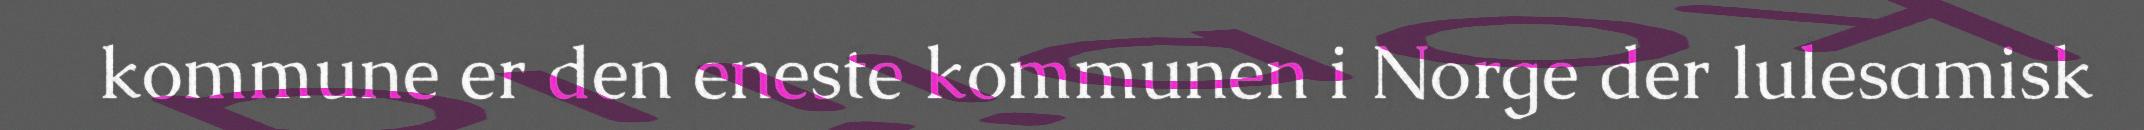
kommune er den eneste kommunen i Norge der lulesamisk